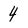
Character: 4